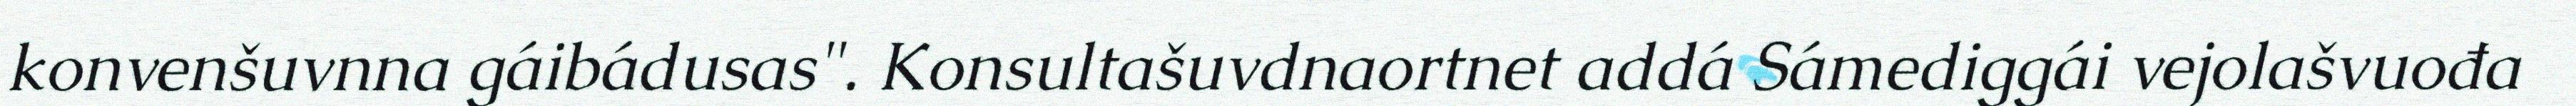
konvenšuvnna gáibádusas". Konsultašuvdnaortnet addá Sámediggái vejolašvuođa